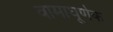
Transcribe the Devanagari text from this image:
वामाघूर्णक